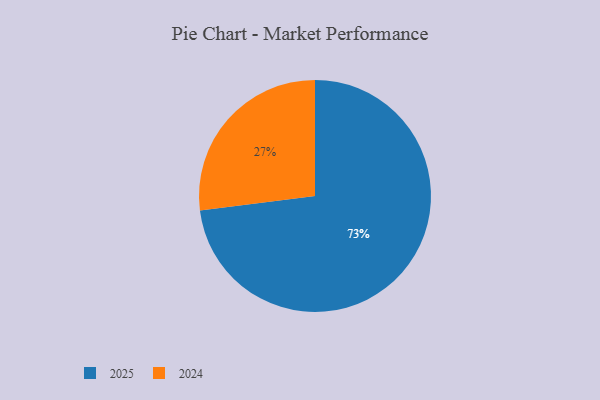
{"axis": {"x": "Category", "y": "Percentage"}, "legend": ["2024", "2025"], "data": [{"x": "2025", "y": 73, "type": "2025"}, {"x": "2024", "y": 27, "type": "2024"}]}